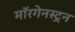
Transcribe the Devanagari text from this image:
मॉरगेनस्ट्रन